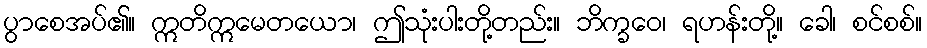
ပွာစေအပ်၏။ ဣတိဣမေတယော၊ ဤသုံးပါးတို့တည်း။ ဘိက္ခဝေ၊ ရဟန်းတို့။ ခေါ၊ စင်စစ်။